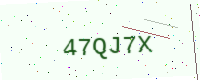
Text: 47QJ7X